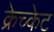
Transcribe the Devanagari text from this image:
क्रेच्केट